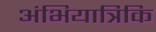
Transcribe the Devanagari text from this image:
अंभियात्रिकि